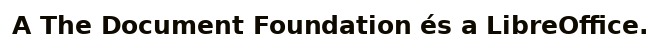
A The Document Foundation és a LibreOffice.